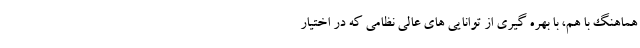
هماهنگ با هم، با بهره گیری از توانایی های عالی نظامی که در اختیار